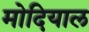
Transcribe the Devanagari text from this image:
मोदियाल